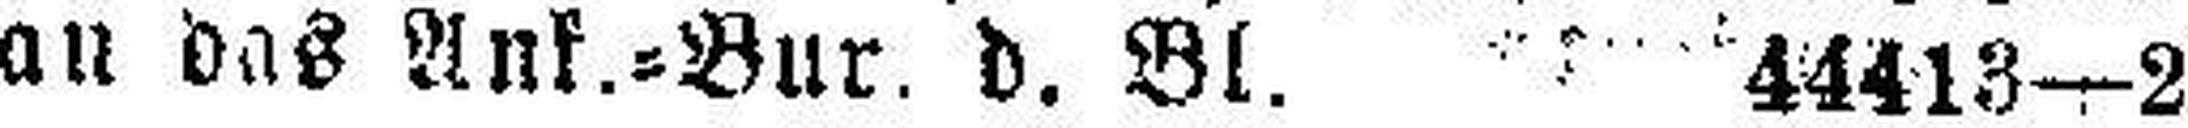
an das Ank.=Bur. d. Bl. 44413—2